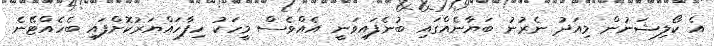
އެ ކޯލިޝަނުން މިއަދު ނެރުނު ބަޔާނެއްގައި ބުނެފައިވަނީ އެއްވެސް މީހަކު ހިފާހައްޔަރުކޮށްފައި ބެހެއްޓޭނެ